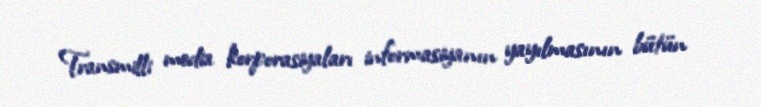
Transmilli media korporasiyaları informasiyanın yayılmasının bütün